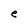
Character: e